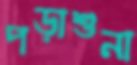
পড়াশুনা